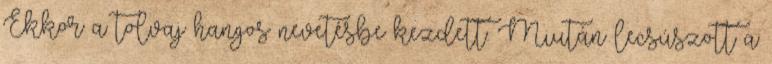
Ekkor a tolvaj hangos nevetésbe kezdett. Miután lecsúszott a